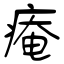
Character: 痷